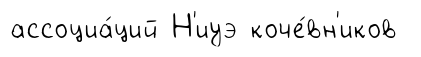
ассоциа́ций Н'иуэ коче́вн'иков